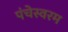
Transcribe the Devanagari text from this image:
पंचेस्वरम